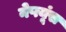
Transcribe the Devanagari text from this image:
नेप्त्यूंस